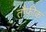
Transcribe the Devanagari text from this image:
तौफ़ीक